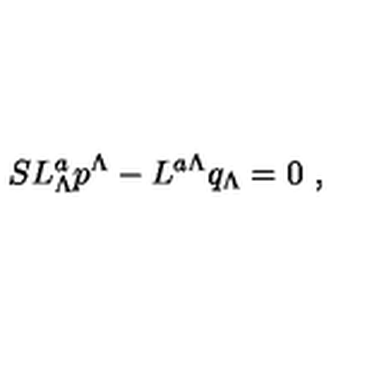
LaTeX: S L _ { \Lambda } ^ { a } p ^ { \Lambda } - L ^ { a \Lambda } q _ { \Lambda } = 0 \ ,